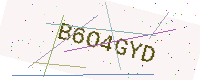
Text: B6O4GYD